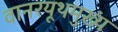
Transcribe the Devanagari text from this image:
वानरयूथमुख्यं